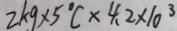
2 k g \times 5 ^ { \circ } C \times 4 . 2 \times 1 0 ^ { 3 }